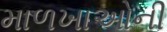
માળખાઓની